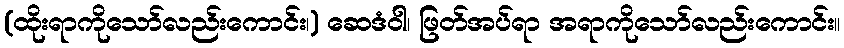
(ထိုးရာကိုသော်လည်းကောင်း၊) ဆေဒံဝါ၊ ဖြတ်အပ်ရာ အရာကိုသော်လည်းကောင်း။